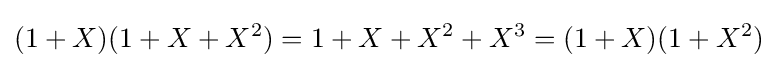
(1+X)(1+X+X^{2})=1+X+X^{2}+X^{3}=(1+X)(1+X^{2})